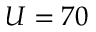
U = 7 0